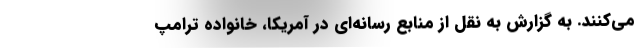
می‌کنند. به گزارش به نقل از منابع رسانه‌ای در آمریکا، خانواده ترامپ